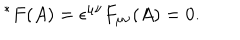
\ ^ { * } F ( A ) = \epsilon ^ { \mu \nu } F _ { \mu \nu } ( A ) = 0 .